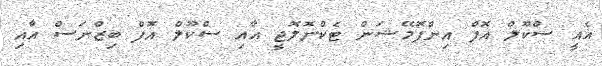
އެއީ ސްކޫލް އޮފް އިންފޮމޭޝަން ޓެކްނޮލޮޖީ އާއި ސްކޫލް އޮފް ބިޒްނަސް އާއި